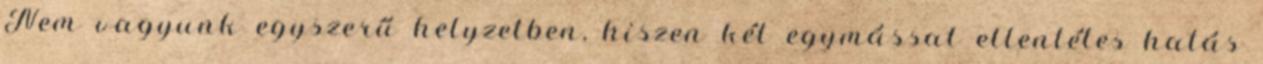
Nem vagyunk egyszerű helyzetben, hiszen két egymással ellentétes hatás